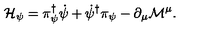
{ \cal H } _ { \psi } = \pi _ { \psi } ^ { \dagger } \dot { \psi } + \dot { \psi } ^ { \dagger } \pi _ { \psi } - \partial _ { \mu } { \cal M } ^ { \mu } .